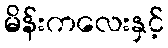
မိန်းကလေးနှင့်